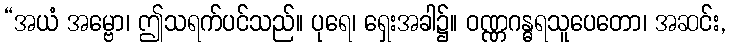
“အယံ အမ္ဗော၊ ဤသရက်ပင်သည်။ ပုရေ၊ ရှေးအခါ၌။ ဝဏ္ဏဂန္ဓရသူပေတော၊ အဆင်း,